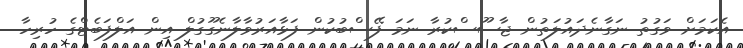
އެކަމަށް ވަގުތު ނަގާނެދައުލަތުން ޖާސޫސްކުރާ ނަމަ ފޭސްބުކުން ފަޅާއަރުވާލާނެގޫގުލް އިން އަލްފަބެޓްގެ ހުރިހާ